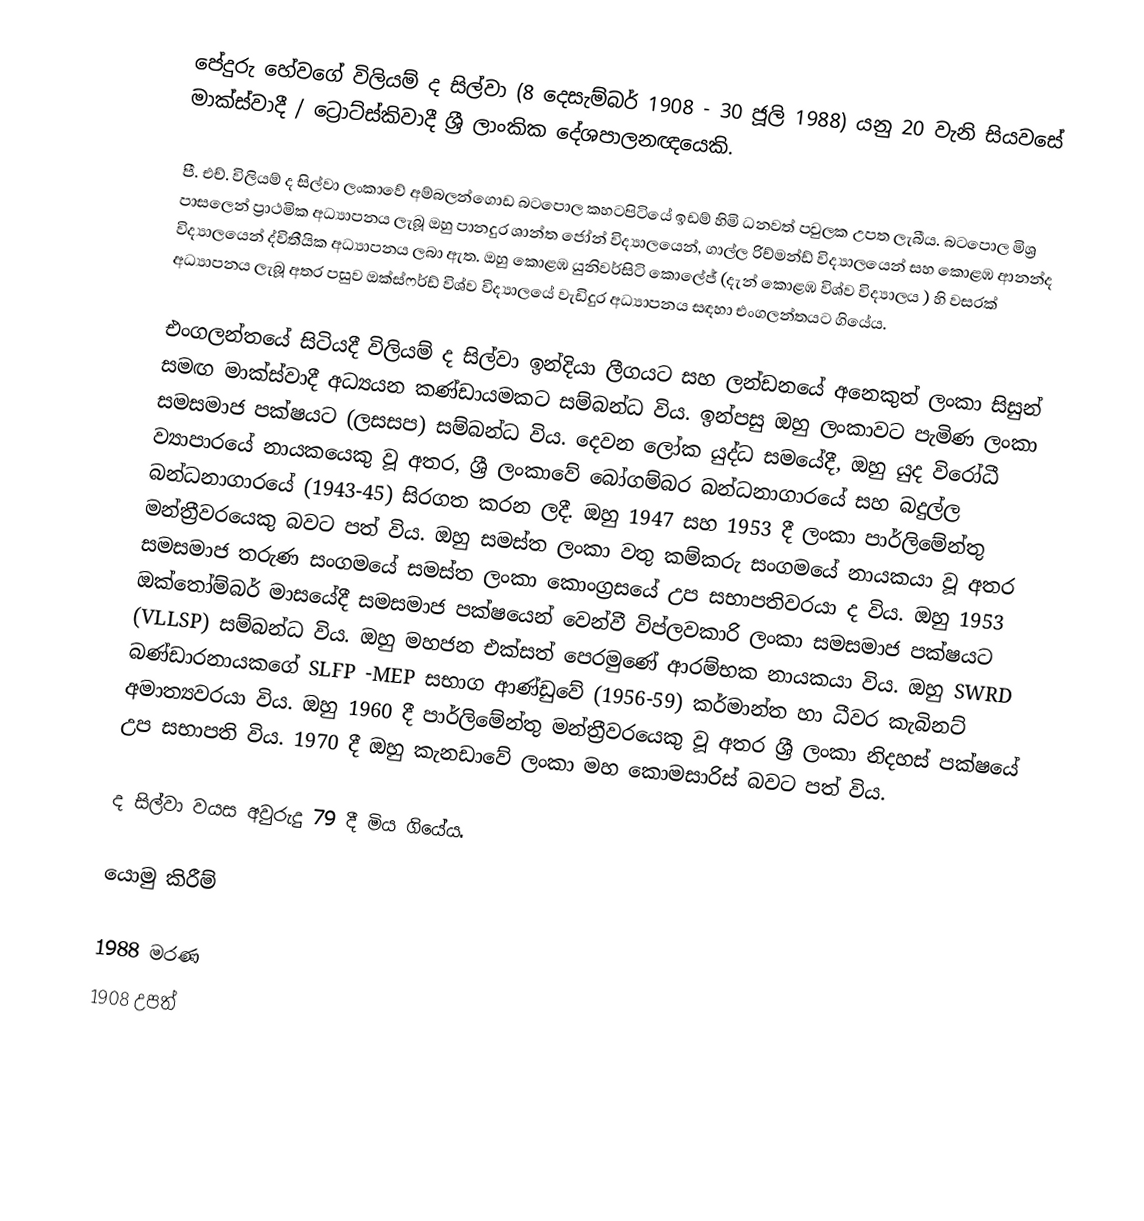
පේදුරු හේවගේ විලියම් ද සිල්වා (8 දෙසැම්බර් 1908 - 30 ජූලි 1988) යනු 20 වැනි සියවසේ මාක්ස්වාදී / ට්‍රොට්ස්කිවාදී ශ්‍රී ලාංකික දේශපාලනඥයෙකි.

පී. එච්. විලියම් ද සිල්වා ලංකාවේ අම්බලන්ගොඩ බටපොල කහටපිටියේ ඉඩම් හිමි ධනවත් පවුලක උපත ලැබීය. බටපොල මිශ්‍ර පාසලෙන් ප්‍රාථමික අධ්‍යාපනය ලැබූ ඔහු පානදුර ශාන්ත ජෝන් විද්‍යාලයෙන්, ගාල්ල රිච්මන්ඩ් විද්‍යාලයෙන් සහ කොළඹ ආනන්ද විද්‍යාලයෙන් ද්විතීයික අධ්‍යාපනය ලබා ඇත. ඔහු කොළඹ යුනිවර්සිටි කොලේජ් (දැන් කොළඹ විශ්ව විද්‍යාලය ) හි වසරක් අධ්‍යාපනය ලැබූ අතර පසුව ඔක්ස්ෆර්ඩ් විශ්ව විද්‍යාලයේ වැඩිදුර අධ්‍යාපනය සඳහා එංගලන්තයට ගියේය.

එංගලන්තයේ සිටියදී විලියම් ද සිල්වා ඉන්දියා ලීගයට සහ ලන්ඩනයේ අනෙකුත් ලංකා සිසුන් සමඟ මාක්ස්වාදී අධ්‍යයන කණ්ඩායමකට සම්බන්ධ විය. ඉන්පසු ඔහු ලංකාවට පැමිණ ලංකා සමසමාජ පක්ෂයට (ලසසප) සම්බන්ධ විය. දෙවන ලෝක යුද්ධ සමයේදී, ඔහු යුද විරෝධී ව්‍යාපාරයේ නායකයෙකු වූ අතර, ශ්‍රී ලංකාවේ බෝගම්බර බන්ධනාගාරයේ සහ බදුල්ල බන්ධනාගාරයේ (1943-45) සිරගත කරන ලදී. ඔහු 1947 සහ 1953 දී ලංකා පාර්ලිමේන්තු මන්ත්‍රීවරයෙකු බවට පත් විය. ඔහු සමස්ත ලංකා වතු කම්කරු සංගමයේ නායකයා වූ අතර සමසමාජ තරුණ සංගමයේ සමස්ත ලංකා කොංග්‍රසයේ උප සභාපතිවරයා ද විය. ඔහු 1953 ඔක්තෝම්බර් මාසයේදී සමසමාජ පක්ෂයෙන් වෙන්වී විප්ලවකාරි ලංකා සමසමාජ පක්ෂයට (VLLSP) සම්බන්ධ විය. ඔහු මහජන එක්සත් පෙරමුණේ ආරම්භක නායකයා විය. ඔහු SWRD බණ්ඩාරනායකගේ SLFP -MEP සභාග ආණ්ඩුවේ (1956-59) කර්මාන්ත හා ධීවර කැබිනට් අමාත්‍යවරයා විය. ඔහු 1960 දී පාර්ලිමේන්තු මන්ත්‍රීවරයෙකු වූ අතර ශ්‍රී ලංකා නිදහස් පක්ෂයේ උප සභාපති විය. 1970 දී ඔහු කැනඩාවේ ලංකා මහ කොමසාරිස් බවට පත් විය.

ද සිල්වා වයස අවුරුදු 79 දී මිය ගියේය.

යොමු කිරීම්

1988 මරණ
1908 උපත්